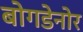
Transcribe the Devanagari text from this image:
बोगडेनोर